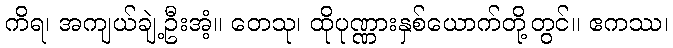
ကိရ၊ အကျယ်ချဲ့ဦးအံ့။ တေသု၊ ထိုပုဏ္ဏားနှစ်ယောက်တို့တွင်။ ဧကဿ၊